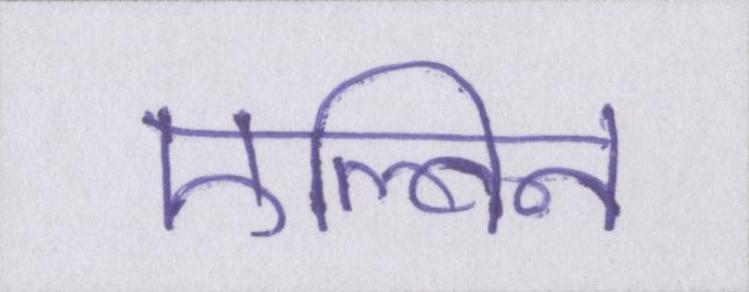
एल्विन